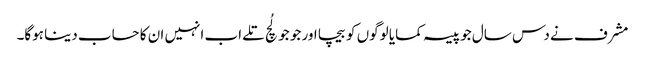
مشرف نے دس سال جو پیسہ کمایا لوگوں کو بیچا اور جو جو لُچ تلے اب انہیں ان کا حساب دینا ہوگا۔